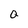
Character: Q